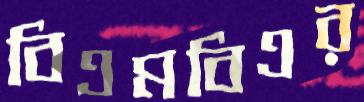
বিএমবিএর